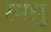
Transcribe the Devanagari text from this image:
स्मश्रु